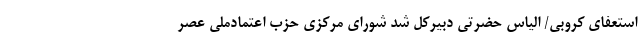
استعفای کروبی/ الیاس حضرتی دبیرکل شد شورای مرکزی حزب اعتمادملی عصر